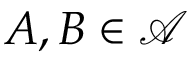
A , B \in { \mathcal { A } }